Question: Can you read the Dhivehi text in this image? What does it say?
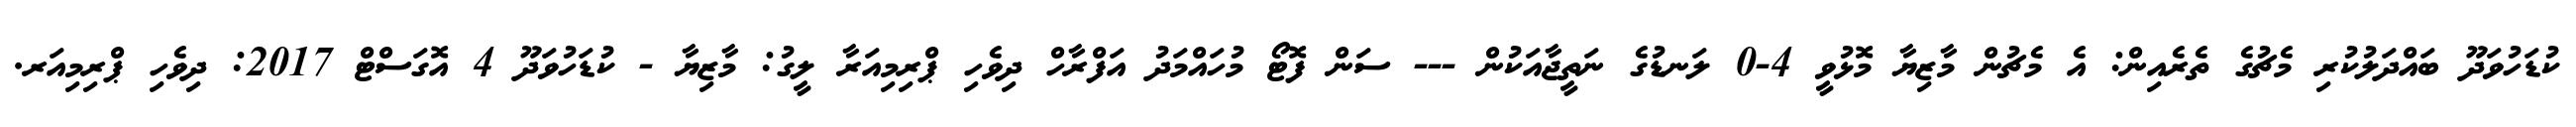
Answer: ކުޑަހުވަދޫ ބައްދަލުކުރި މެޗުގެ ތެރެއިން: އެ މެޗުން މާޒިޔާ މޮޅުވީ 4-0 ލަނޑުގެ ނަތީޖާއަކުން --- ސަން ފޮޓޯ މުހައްމަދު އަފްރާހް ދިވެހި ޕްރިމިއަރާ ލީގު: މާޒިޔާ - ކުޑަހުވަދޫ 4 އޮގަސްޓް 2017: ދިވެހި ޕްރިމިއަރ.